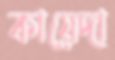
কায়েদা